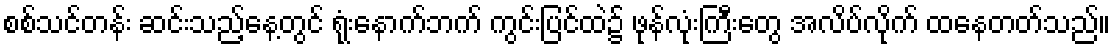
စစ်သင်တန်း ဆင်းသည့်နေ့တွင် ရုံးနောက်ဘက် ကွင်းပြင်ထဲ၌ ဖုန်လုံးကြီးတွေ အလိပ်လိုက် ထနေတတ်သည်။